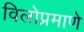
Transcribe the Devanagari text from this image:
विलोप्रमाणे